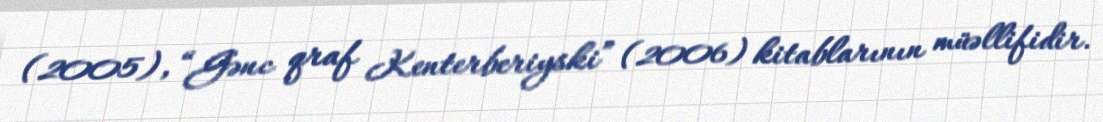
(2005), “Gənc qraf Kenterberiyski” (2006) kitablarının müəllifidir.